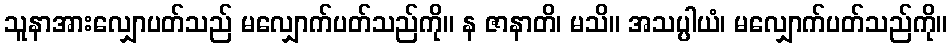
သူနာအားလျှောပတ်သည် မလျှောက်ပတ်သည်ကို။ န ဇာနာတိ၊ မသိ။ အသပ္ပါယံ၊ မလျှောက်ပတ်သည်ကို။